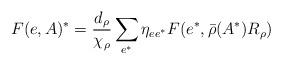
LaTeX: \begin{align*}F(e,A)^* = \frac{d_\rho }{\chi_\rho } \sum_{e^*} \eta_{ee^*} F(e^*,\bar{\rho }(A^*) R_\rho )\end{align*}